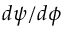
d \psi / d \phi